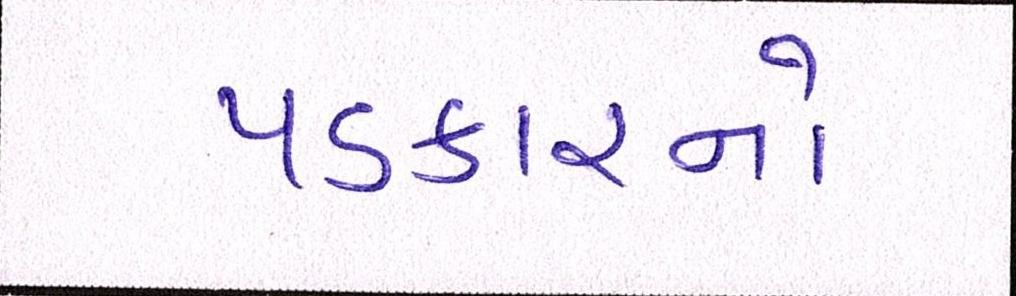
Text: પડકારનો